Report on sanitation, dispensaries, and jails in Rajputana for 1919, and on vaccination for the year 1919-1920 - 1919-1920
Year: 1919
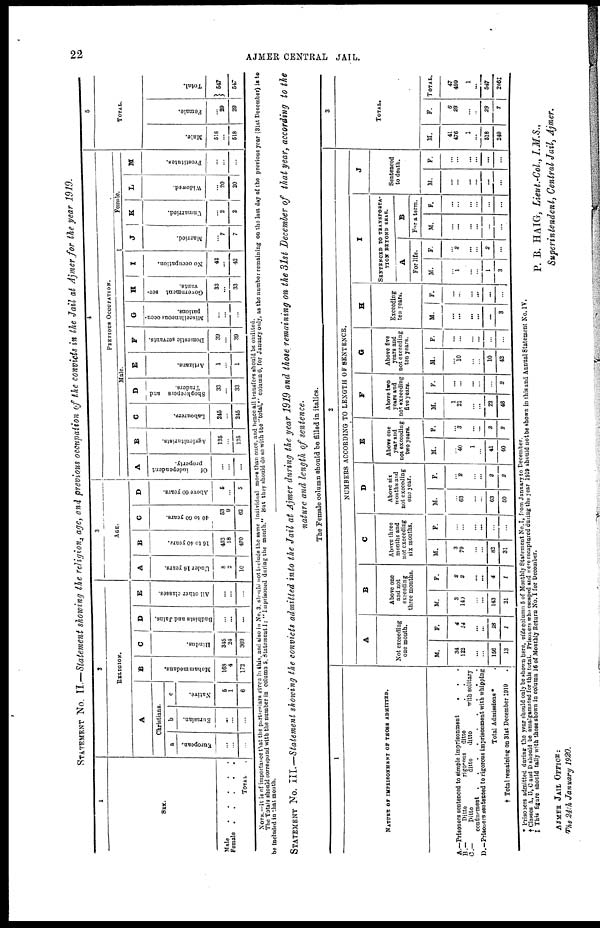
22
AJMER CENTRAL JAIL.
STATEMENT NO. II.—Statement showing the religion age, and previous occupation of the convicts in the Jail at Ajmer for the year 1919.
1
SEX.
Male
.
.
.
.
.
Female
.
.
.
.
.
TOTAL .
2
RELIGION.
A
Christians.
a
European.
...
...
...
b
Eurasian.
...
...
...
c
Native.
5
1
6
B
Mohammedans.
168
4
172
C
Hindus.
345
24
369
D
Budhists and Jains.
...
...
...
E
All other classes.
...
...
...
3
AGE.
A
Under 16 years.
8
2
10
B
16 to 40 years.
452
18
470
C
40 to 60 years.
53
9
62
D
Above 60 years.
5
...
5
4
PREVIOUS OCCUPATION.
Male.
A
Of
independent
property.
...
...
...
B
Agriculturists.
125
...
125
C
Labourers.
245
...
245
D
Shopkeepers and
Traders.
33
...
33
E
Artizans.
1
...
1
F
Domestic servants.
39
...
39
G
Miscellaneous occu-
pations.
...
...
...
H
Government ser-
vants.
33
...
33
I
No occupation.
42
...
42
Female.
J
Married.
...
7
7
K
Unmarried.
...
2
2
L
Widowed.
...
20
20
M
Prostitutes.
...
...
...
5
TOTAL.
Male.
518
...
518
Female
...
29
29
Total.
547
547
NOTE.—It is of importance that the particulars given in this, and also in No. 3. should not include the same individual more than once, and hence all transfors should be omitted.
The Totals should correspond with the number in column 5, Statement I: " Imprisoned during the month." But they should do so with the "total," column 6, for January only, as the number remaining on the last day of the previous year (31st December) is to
be included in that month.
STATEMENT NO. III.—Statement showing the convicts admitted into the Jail at Ajmer during the year 1919 and those remaining on the 31st December of that year, according to the
nature and length of sentence.
The Female column should be filled in italics.
1
NATURE OF IMPRISONMENT OF THOSE ADMITTED.
A.—Prisoners sentenced to simple imprisonment
. . .
B.—
Ditto
rigorous ditto . .
C.—
Ditto
ditto
ditto
with solitary
confinement . . . . .
D.—Prisoners sentenced to rigorous imprisonment with whipping
Total Admissions * .
† Total remaining on 31st December 1919 .
2
NUMBERS ACCORDING TO LENGTH OF SENTENCE.
A
Not execediug
one month.
M.
34
122
...
...
156
13
F.
4
14
...
...
18
1
B
Above one
and not
exceeding
three months.
M.
3
140
...
...
143
21
F.
2
2
...
...
4
1
C
Above three
months and
not exceeding
six months.
M.
3
79
...
...
82
31
F.
...
...
...
...
...
...
D
Above six
months and
not exceeding
one year.
M.
...
63
...
...
63
50
F.
...
2
...
...
2
2
E
Above one
year and
not exceeding
two years.
M.
...
40
1
...
41
40
F.
...
3
...
...
3
2
F
Above two
years and
not, exceeding
five years.
M.
1
21
...
...
22
46
F.
...
...
...
...
...
2
G
Above five
years and
not exceeding
ten years.
M.
...
10
...
...
10
42
F.
...
...
...
...
...
...
H
Exceeding
ten years.
M.
...
...
...
...
...
3
F.
...
...
...
...
...
...
I
SENTENCED TO TRANSPOTA-
TION BEYOND SKAS.
A
For life.
M.
...
1
...
...
1
3
F.
...
2
...
...
2
...
B
For a term.
M.
...
...
...
...
...
...
F.
...
...
...
...
...
...
J
Sentenced
to death.
M.
...
...
...
...
...
...
F.
...
...
...
...
...
...
3
TOTAL.
M.
41
476
1
...
518
240
F.
6
23
...
...
29
7
TOTAL.
47
499
1
...
547
256‡
* Prisoners admitted during the year should only be shown here, vide column 5 of Monthly Statement No.I, from January to December.
†Classes A, B, C and D should be amalgamated for this total. Prisoners who escaped and were recaptured during the year 1919 should not be shown in this and Annual Statement No. IV.
‡ This figure should tally with those shown in column 16 of Monthly Return No. I for December.
P. B. HAIG, Lieut.-Col., I.M.S.,
Superintendent, Central Jail, Ajmer.
AJMER JAIL OFFICE :
The 24th January 1920.